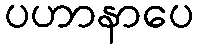
ပဟာနာပေ